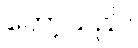
တော့သည်။